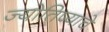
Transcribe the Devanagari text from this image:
ज्योतिष्याचे